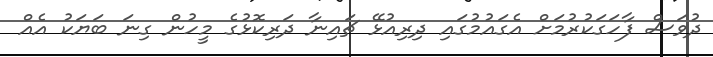
ދުވަސް ފާހަގަކުރުމަށް އެގައުމުގައި ދިރިއުޅޭ ޗައިނާ ދަރިކޮޅުގެ މީހުން ގިނަ ބަޔަކު އެއް